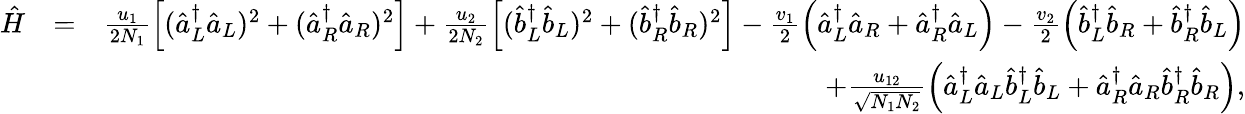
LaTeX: \begin{array}{rlr}{\hat{H}}&{=}&{\frac{u_{1}}{2N_{1}}\left[(\hat{a}_{L}^{\dagger}\hat{a}_{L})^{2}+(\hat{a}_{R}^{\dagger}\hat{a}_{R})^{2}\right]+\frac{u_{2}}{2N_{2}}\left[(\hat{b}_{L}^{\dagger}\hat{b}_{L})^{2}+(\hat{b}_{R}^{\dagger}\hat{b}_{R})^{2}\right]-\frac{v_{1}}{2}\left(\hat{a}_{L}^{\dagger}\hat{a}_{R}+\hat{a}_{R}^{\dagger}\hat{a}_{L}\right)-\frac{v_{2}}{2}\left(\hat{b}_{L}^{\dagger}\hat{b}_{R}+\hat{b}_{R}^{\dagger}\hat{b}_{L}\right)}\\ &{}&{+\frac{u_{12}}{\sqrt{N_{1}N_{2}}}\left(\hat{a}_{L}^{\dagger}\hat{a}_{L}\hat{b}_{L}^{\dagger}\hat{b}_{L}+\hat{a}_{R}^{\dagger}\hat{a}_{R}\hat{b}_{R}^{\dagger}\hat{b}_{R}\right),}\end{array}